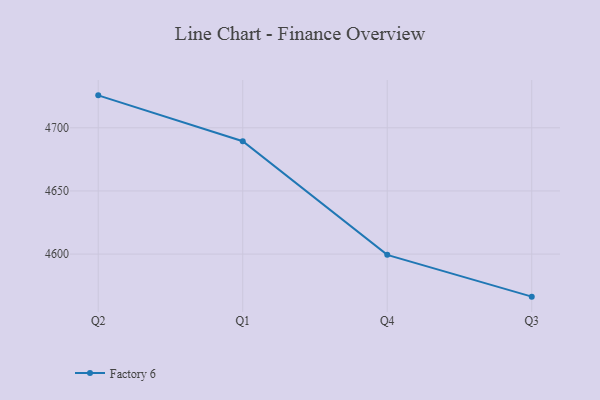
{"axis": {"x": "Quarter", "y": "Bounce Rate (%)"}, "legend": ["Factory 6"], "data": [{"x": "Q2", "y": 4725.7, "type": "Factory 6"}, {"x": "Q1", "y": 4689.4, "type": "Factory 6"}, {"x": "Q4", "y": 4599.4, "type": "Factory 6"}, {"x": "Q3", "y": 4566.3, "type": "Factory 6"}]}